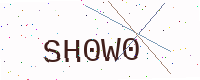
Text: SH0W0